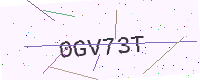
Text: 0GV73T